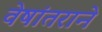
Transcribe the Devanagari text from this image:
वेषांतराने